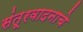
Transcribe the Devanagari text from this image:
संतूरवादनाचे